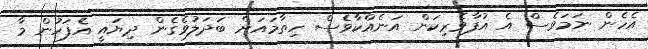
އެހެން ނަމަވެސް އެ އުފާވެރިކަން އަނެއްކާވެސް ހިތާމައަށް ބަދަލުވެގެން ދިޔައީ އެފަހުން މާ